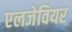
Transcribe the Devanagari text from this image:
एलजेवियर